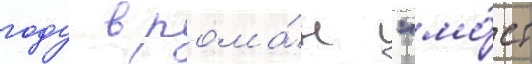
году в рома́н "мо́ст